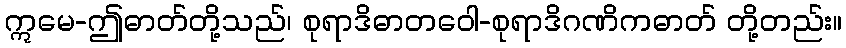
ဣမေ-ဤဓာတ်တို့သည်၊ စုရာဒိဓာတဝေါ-စုရာဒိဂဏိကဓာတ် တို့တည်း။